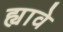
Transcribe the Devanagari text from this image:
ह्यावे